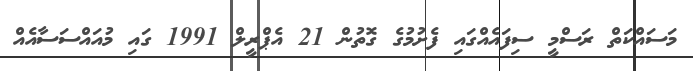
މަސައްކަތް ރަސްމީ ސިފައެއްގައި ފެށުމުގެ ގޮތުން 21 އެޕްރީލް 1991 ގައި މުއައްސަސާއެއް